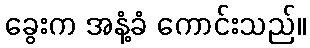
ခွေးက အနံ့ခံ ကောင်းသည်။